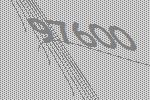
97600